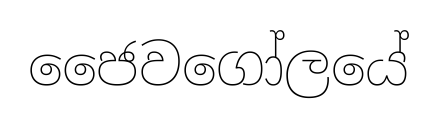
ජෛවගෝලයේ